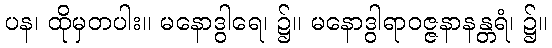
ပန၊ ထိုမှတပါး။ မနောဒွါရေ၊ ၌။ မနောဒွါရာဝဇ္ဇနာနန္တရံ၊ ၌။